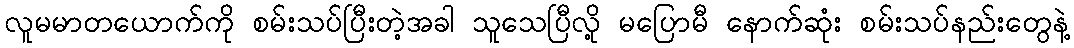
လူမမာတယောက်ကို စမ်းသပ်ပြီးတဲ့အခါ သူသေပြီလို့ မပြောမီ နောက်ဆုံး စမ်းသပ်နည်းတွေနဲ့